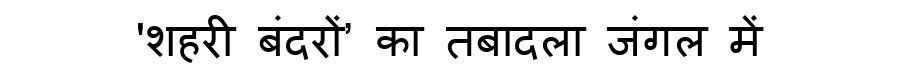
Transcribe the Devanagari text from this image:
'शहरी बंदरों’ का तबादला जंगल में